Scientific memoirs by medical officers of the Army of India - Part II,
Year: 1886
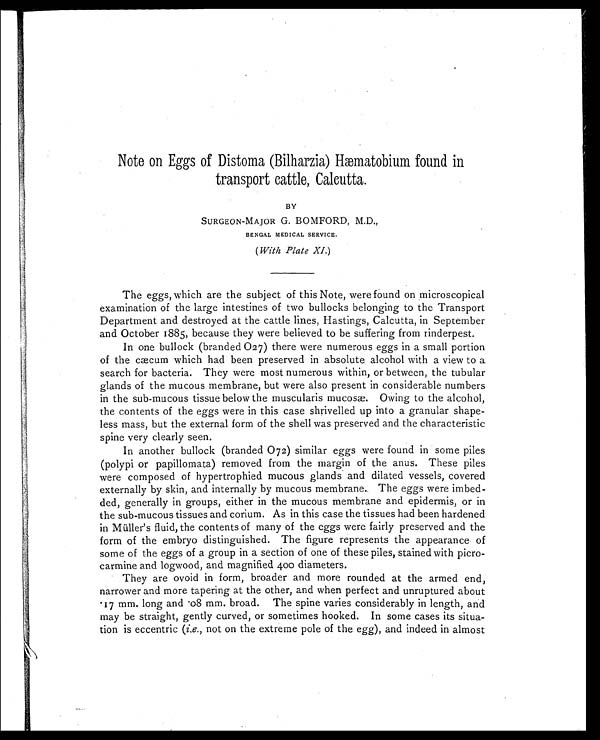
Note on Eggs of Distoma (Bilharzia) Hæmatobium found in
transport cattle, Calcutta.
BY
SURGEON-MAJOR G. BOMFORD, M.D.,
BENGAL MEDICAL SERVICE.
(With Plate XI.)
The eggs, which are the subject of this Note, were found on microscopical
examination of the large intestines of two bullocks belonging to the Transport
Department and destroyed at the cattle lines, Hastings, Calcutta, in September
and October 1885, because they were believed to be suffering from rinderpest.
In one bullock (branded 027) there were numerous eggs in a small portion
of the cæcum which had been preserved in absolute alcohol with a view to a
search for bacteria. They were most numerous within, or between, the tubular
glands of the mucous membrane, but were also present in considerable numbers
in the sub-mucous tissue below the muscularis mucosæ. Owing to the alcohol,
the contents of the eggs were in this case shrivelled up into a granular shape-
less mass, but the external form of the shell was preserved and the characteristic
spine very clearly seen.
In another bullock (branded 072) similar eggs were found in some piles
(polypi or papillomata) removed from the margin of the anus. These piles
were composed of hypertrophied mucous glands and dilated vessels, covered
externally by skin, and internally by mucous membrane. The eggs were imbed-
ded, generally in groups, either in the mucous membrane and epidermis, or in
the sub-mucous tissues and corium. As in this case the tissues had been hardened
in Müller's fluid, the contents of many of the eggs were fairly preserved and the
form of the embryo distinguished. The figure represents the appearance of
some of the eggs of a group in a section of one of these piles, stained with picro-
carmine and logwood, and magnified 400 diameters.
They are ovoid in form, broader and more rounded at the armed end,
narrower and more tapering at the other, and when perfect and unruptured about
17 mm. long and 08 mm. broad. The spine varies considerably in length, and
may be straight, gently curved, or sometimes hooked. In some cases its situa-
tion is eccentric ( i.e., not on the extreme pole of the egg), and indeed in almost